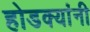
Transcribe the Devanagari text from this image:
होडक्यांनी